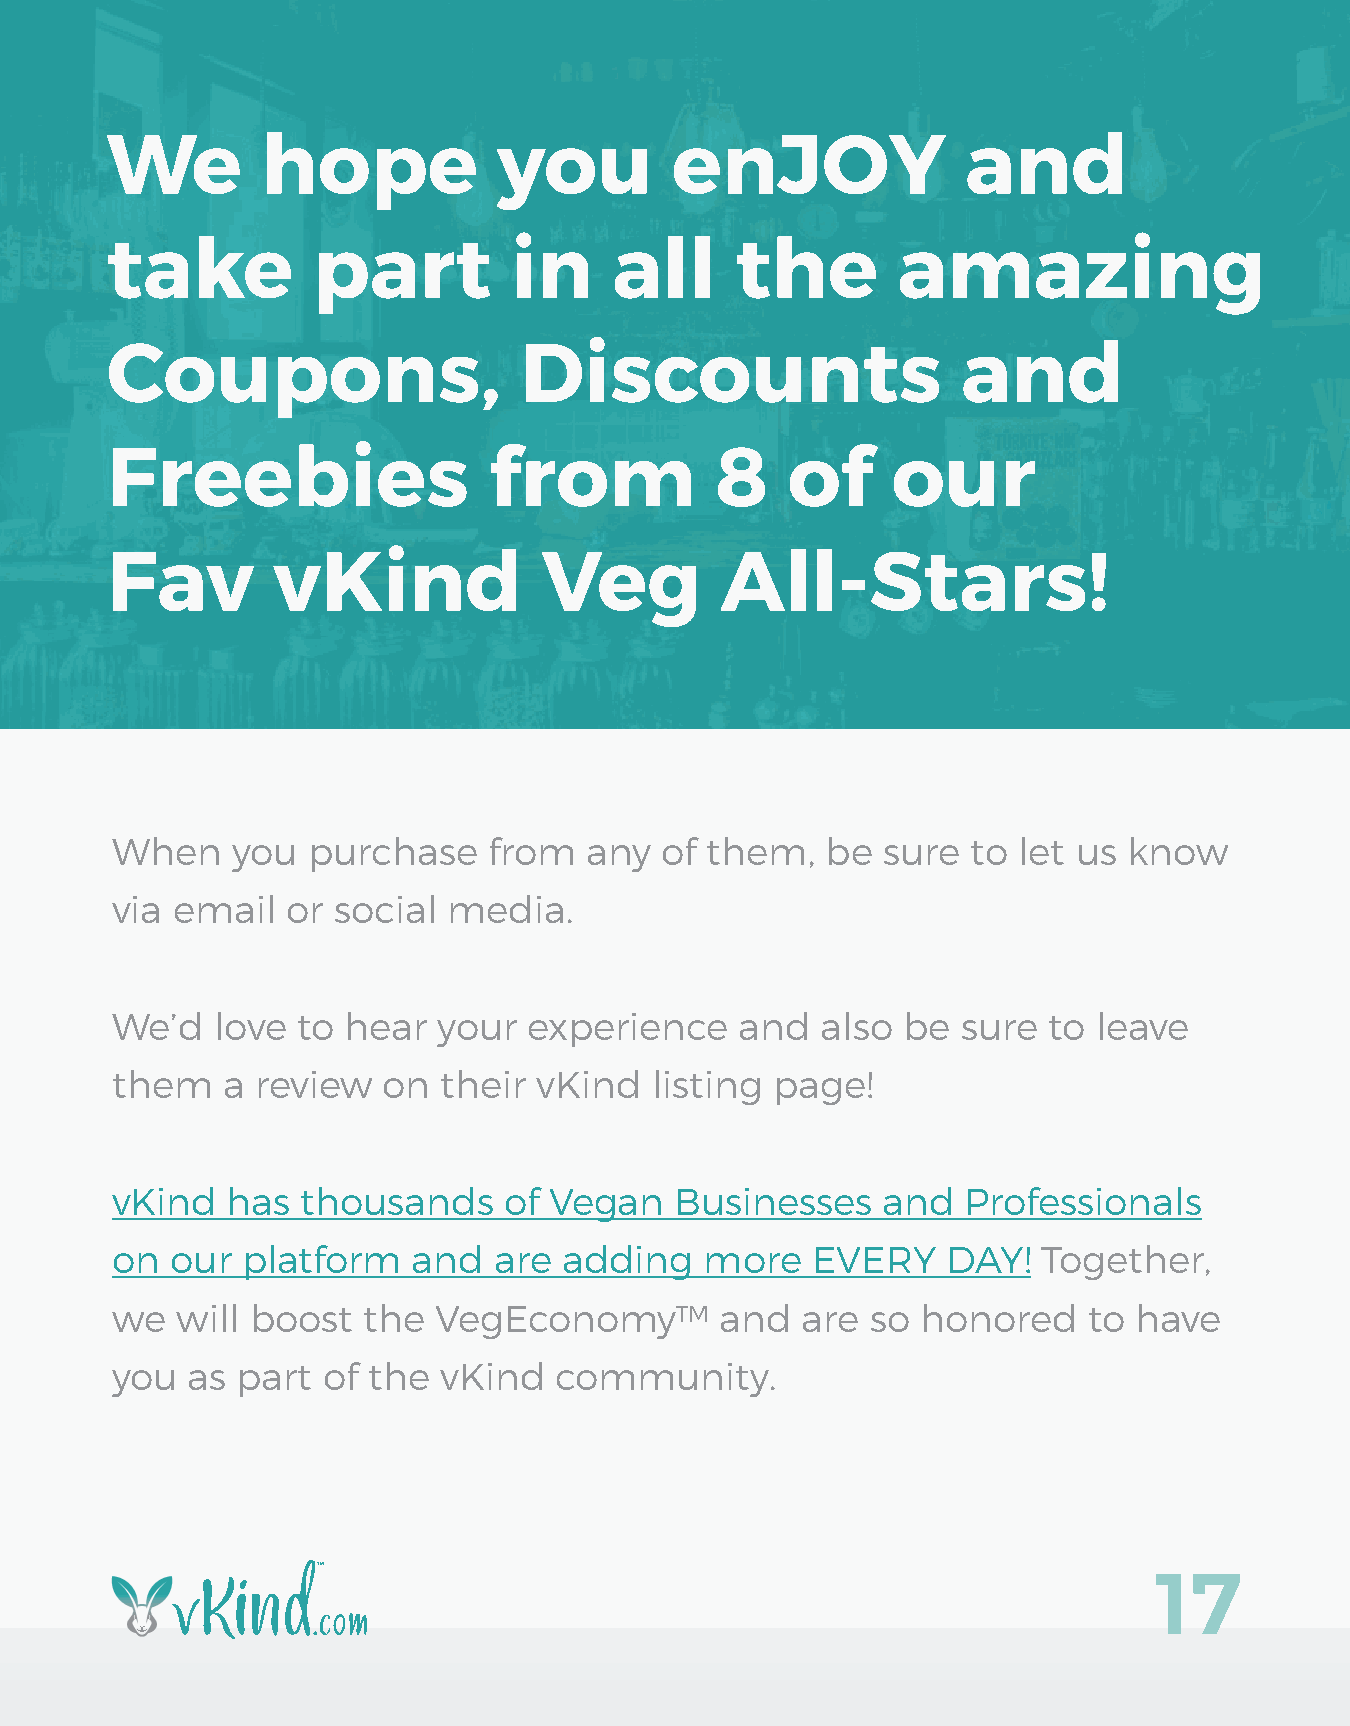
We        hope            you        enJOY               and
 take          part         in     all     the       amazing
 Coupons,                   Discounts                     and
 Freebies                 from           8    of     our
 Fav        vKind             Veg         All-Stars!
 When    you  purchase    from   any  of them,   be sure  to let us  know
 via email   or social  media.
 We’d   love  to hear  your  experience    and  also  be  sure to  leave
 them    a review  on  their  vKind  listing page!
 vKind   has  thousands    of Vegan    Businesses   and   Professionals
 on  our  platform   and   are adding    more   EVERY    DAY!  Together,
 we   will boost  the  VegEconomy™        and  are  so honored    to have
 you  as  part of the  vKind   community.
 17